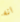
انه